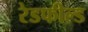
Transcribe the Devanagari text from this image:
रेडफील्ड